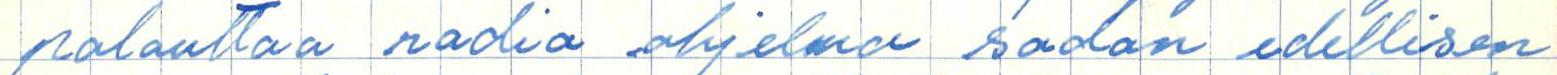
palauttaa radio ohjelma sodan edellisen